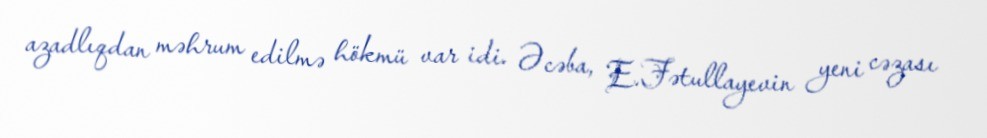
azadlıqdan məhrum edilmə hökmü var idi. Əcəba, E.Fətullayevin yeni cəzası